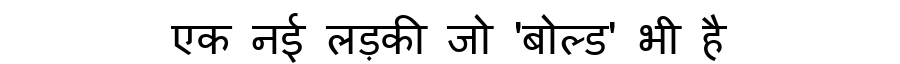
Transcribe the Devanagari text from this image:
एक नई लड़की जो 'बोल्ड' भी है